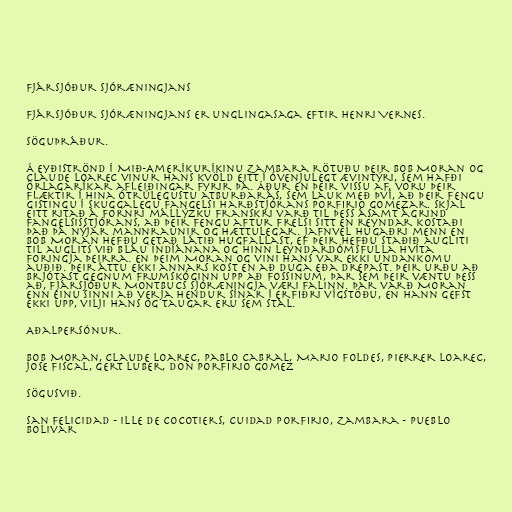
Fjársjóður sjóræningjans

Fjársjóður sjóræningjans er unglingasaga eftir Henri Vernes.

Söguþráður.

Á eyðiströnd í Mið-Ameríkuríkinu Zambara rötuðu þeir Bob Moran og
Claude Loarec vinur hans kvöld eitt í óvenjulegt ævintýri, sem hafði
örlagaríkar afleiðingar fyrir þá. Áður en þeir vissu af, voru þeir
flæktir í hina ótrúlegustu atburðarás, sem lauk með því, að þeir fengu
gistingu í skuggalegu fangelsi harðstjórans Porfirio Gomezar. Skjal
eitt ritað á fornri mállýzku franskri varð til þess ásamt ágrind
fangelsisstjórans, að þeir fengu aftur frelsi sitt en reyndar kostaði
það þá nýjar mannraunir og hættulegar. Jafnvel hugaðri menn en
Bob Moran hefðu getað látið hugfallast, ef þeir hefðu staðið augliti
til auglits við bláu Indíánana og hinn leyndardómsfulla hvíta
foringja þeirra. En þeim Moran og vini hans var ekki undankomu
auðið. Þeir áttu ekki annars kost en að duga eða drepast. Þeir urðu að
brjótast gegnum frumskóginn upp að fossinum, þar sem þeir væntu þess
að, fjársjóður Montbucs sjóræningja væri falinn. Þar varð Moran
enn einu sinni að verja hendur sínar í erfiðri vígstöðu, en hann gefst
ekki upp, vilji hans og taugar eru sem stál.

Aðalpersónur.

Bob Moran, Claude Loarec, Pablo Cabral, Mario Foldes, Pierrer Loarec,
Jose Fiscal, Gert Luber, Don Porfirio Gomez

Sögusvið.

San Felicidad - Ille de Cocotiers, Cuidad Porfirio, Zambara - Pueblo
Bolivar